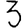
Digit: 3